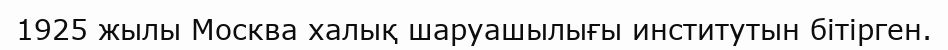
1925 жылы Москва халық шаруашылығы институтын бітірген.